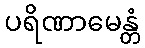
ပရိဏာမေန္တံ